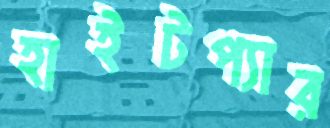
হাইটপ্যার